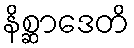
နိစ္ဆာဒေတိ